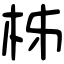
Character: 柹